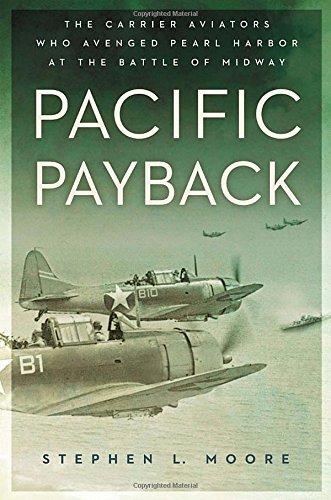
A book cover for Pacific Payback: The Carrier Aviators Who Avenged Pearl Harbor at the Battle of Midway; Stephen L. Moore; History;